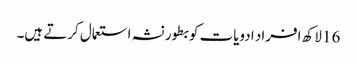
16 لاکھ افراد ادویات کو بطور نشہ استعمال کرتے ہیں۔